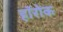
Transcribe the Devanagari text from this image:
हॉरोक